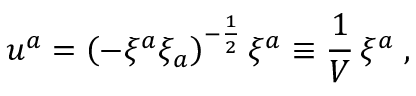
u ^ { a } = { \left( - \xi ^ { a } \xi _ { a } \right) } ^ { - { \frac { 1 } { 2 } } } \, \xi ^ { a } \equiv { \frac { 1 } { V } } \, \xi ^ { a } \; ,